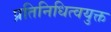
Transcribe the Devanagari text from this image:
प्रतिनिधित्वयुक्त